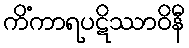
ကိံကာရပဋိဿာဝိနီ